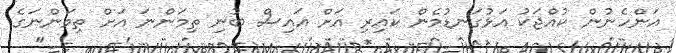
އަންހެނުން ކުއްޖަކު އަޅުގަނޑުމެން ކައިރި އަށް އައިސް ބުނި ތިމަންނަ އަށް ތިމަންނަގެ